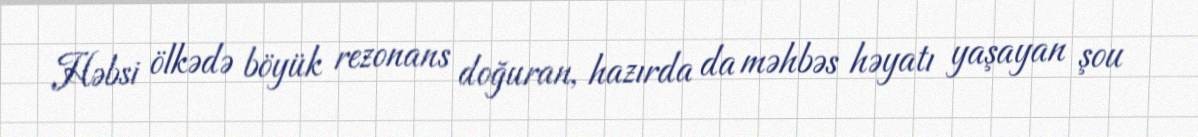
Həbsi ölkədə böyük rezonans doğuran, hazırda da məhbəs həyatı yaşayan şou